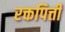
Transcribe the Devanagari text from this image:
रक्तपित्ती